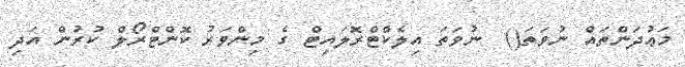
މަޢުދަންތައް ނުވަތަ()  ނުވަތަ އިލެކްޓްރޮލައިޓް ގެ މިންވަރު ކޮންޓްރޯލް ކުރުން އަދި